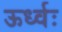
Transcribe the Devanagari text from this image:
ऊर्ध्वः